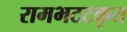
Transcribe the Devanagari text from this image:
रामभटटकृत